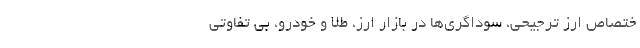
ختصاصِ ارز ترجیحی، سوداگری‌ها در بازار ارز، طلا و خودرو، بی تفاوتی